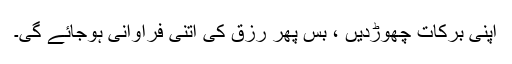
اپنی برکات چھوڑدیں ، بس پھر رزق کی اتنی فراوانی ہوجائے گی۔